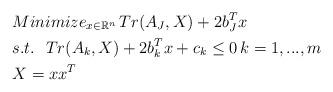
LaTeX: \begin{align*} & Minimize_{ x\in \mathbb{R}^n}\, Tr(A_J,X)+2b_J^Tx\\ &s.t.\ \ Tr(A_k,X)+2b_k^Tx+c_k\le0\,k=1,...,m\\ &X=xx^T \end{align*}